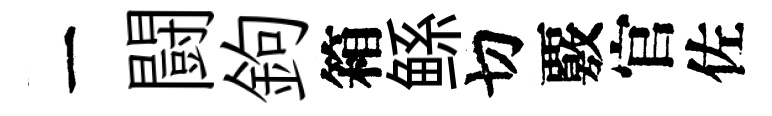
一闘鉤箱鲧切覈官佐